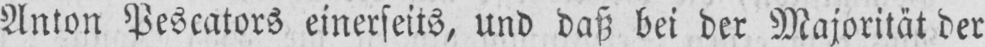
Anton Pescators einerseits, und daß bei der Majorität der